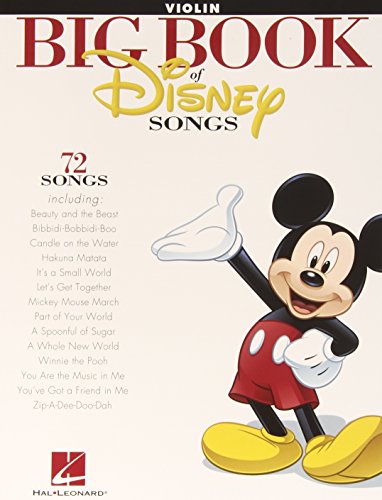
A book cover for The Big Book of Disney Songs - Violin (Book Only); Humor & Entertainment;